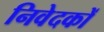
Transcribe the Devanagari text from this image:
निवेदकों